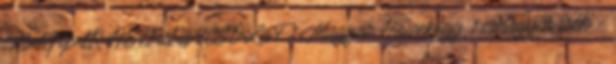
MAGYAR HÉTPaRaNCSOLaT 1 Magyar Hiszekegy 1 Magyar írók -